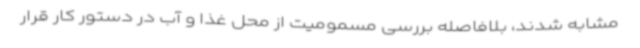
مشابه شدند، بلافاصله بررسی مسمومیت از محل غذا و آب در دستور کار قرار